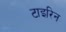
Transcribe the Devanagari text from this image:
टाइरिन